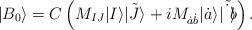
LaTeX: \begin{align*}| B_0\rangle =C\left( M_{IJ}| I\rangle\tilde{|J\rangle}+iM_{\dot{a}\dot{b}}| \dot{a}\rangle\tilde{|\dot{b}\rangle}\right).\end{align*}